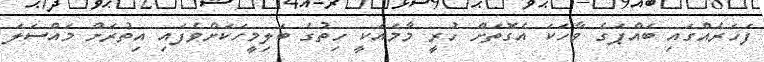
ފަހަރެއްގައި ބައްޕަގެ ވާހަކަ އެގޮތަށް ހުރީ މާމައަކީ ހިތުގެ ބަލިމީހަކަށްވެފައި އިތުރަށް މައްސަލަ